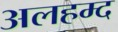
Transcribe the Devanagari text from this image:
अलहम्द